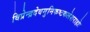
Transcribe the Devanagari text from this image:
विप्रेन्द्रदेवमुनिकष्टकलेशराहोः